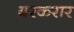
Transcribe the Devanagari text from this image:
बरकरार